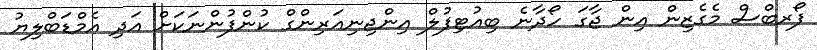
ފޯރބްސް މެގެޒިން އިން ޖާގަ ހޯދާނެ ބިއުޓިފުލް އިންޖިނިއަރިންގް ކުންފުންނަކަށް އަދި އެމްޑަބްލިޔު